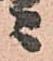
ニ